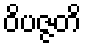
ဝိပဇ္ဇတိ